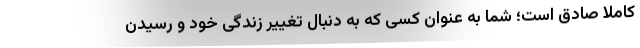
کاملا صادق است؛ شما به عنوان کسی که به دنبال تغییر زندگی خود و رسیدن